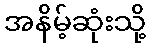
အနိမ့်ဆုံးသို့